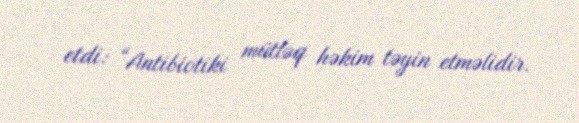
etdi: “Antibiotiki mütləq həkim təyin etməlidir.